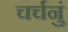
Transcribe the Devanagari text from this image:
चर्चनुं